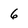
Character: 6